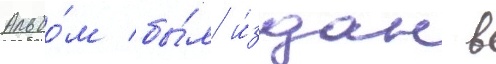
Альбо́м бы́л и́здан в